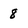
Character: 8